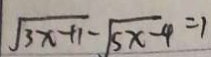
\sqrt { 3 x + 1 } - \sqrt { 5 x - 4 } = 1